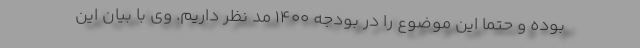
بوده و حتما این موضوع را در بودجه ۱۴۰۰ مد نظر داریم. وی با بیان این